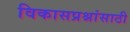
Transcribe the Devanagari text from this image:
विकासप्रश्नांसाठी